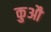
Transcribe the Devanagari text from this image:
कुऔ